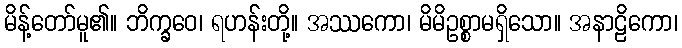
မိန့်တော်မူ၏။ ဘိက္ခဝေ၊ ရဟန်းတို့။ အဿကော၊ မိမိဥစ္စာမရှိသော။ အနာဠိကော၊